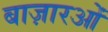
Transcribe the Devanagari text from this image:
बाज़ारओं